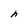
Character: h